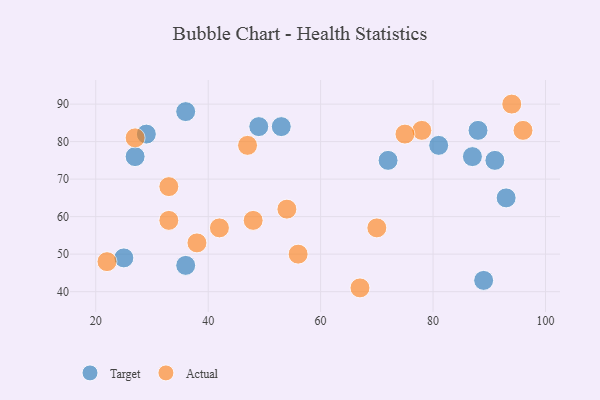
{"axis": {"x": "GDP", "y": "Life Expectancy"}, "legend": ["Actual", "Target"], "data": [{"x": "87", "y": 76, "type": "Target"}, {"x": "91", "y": 75, "type": "Target"}, {"x": "25", "y": 49, "type": "Target"}, {"x": "36", "y": 47, "type": "Target"}, {"x": "72", "y": 75, "type": "Target"}, {"x": "88", "y": 83, "type": "Target"}, {"x": "53", "y": 84, "type": "Target"}, {"x": "89", "y": 43, "type": "Target"}, {"x": "36", "y": 88, "type": "Target"}, {"x": "29", "y": 82, "type": "Target"}, {"x": "49", "y": 84, "type": "Target"}, {"x": "93", "y": 65, "type": "Target"}, {"x": "27", "y": 76, "type": "Target"}, {"x": "81", "y": 79, "type": "Target"}, {"x": "54", "y": 62, "type": "Actual"}, {"x": "22", "y": 48, "type": "Actual"}, {"x": "27", "y": 81, "type": "Actual"}, {"x": "38", "y": 53, "type": "Actual"}, {"x": "33", "y": 59, "type": "Actual"}, {"x": "33", "y": 68, "type": "Actual"}, {"x": "47", "y": 79, "type": "Actual"}, {"x": "70", "y": 57, "type": "Actual"}, {"x": "48", "y": 59, "type": "Actual"}, {"x": "96", "y": 83, "type": "Actual"}, {"x": "67", "y": 41, "type": "Actual"}, {"x": "78", "y": 83, "type": "Actual"}, {"x": "42", "y": 57, "type": "Actual"}, {"x": "56", "y": 50, "type": "Actual"}, {"x": "94", "y": 90, "type": "Actual"}, {"x": "75", "y": 82, "type": "Actual"}]}